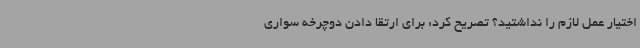
اختیار عمل لازم را نداشتید؟ تصریح کرد: برای ارتقا دادن دوچرخه سواری